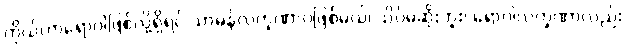
ကိုယ်ဟာရောဂါဖြစ်လို့ရှိရင် သာမန်လက္ခဏာပဲဖြစ်မယ်၊ သိပ်မဆိုးဘူး၊ ရောဂါလက္ခဏာလည်း